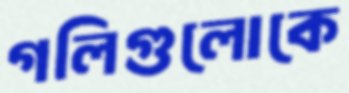
গলিগুলোকে